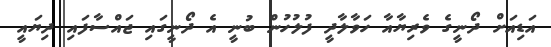
އަޑިއަށް ދޯނީގެ ވެރިޔާއާ ހަވާލާދީ ފުލުހުން ބުނީ އެ ދޯނީގައި ޖައްސާފައި ދިޔައީ